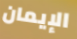
الإيمان